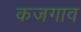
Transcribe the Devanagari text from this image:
कजगाव